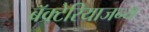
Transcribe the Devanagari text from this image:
बॅक्टेरियाजन्य